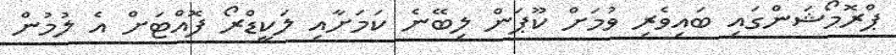
ޕްރޮމޯޝަންގައި ބައިވެރި ވުމަށް ކޫޕަން ލިބޭނެ ކަމަށާއި ލަކީޑްރޯ ފޮއްޓަށް އެ ލުމުން